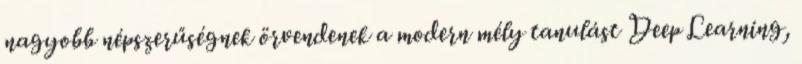
nagyobb népszerűségnek örvendenek a modern mély tanulást Deep Learning,